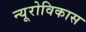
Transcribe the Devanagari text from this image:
न्यूरोविकास